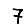
Digit: 7